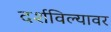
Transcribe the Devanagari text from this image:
दर्शविल्यावर